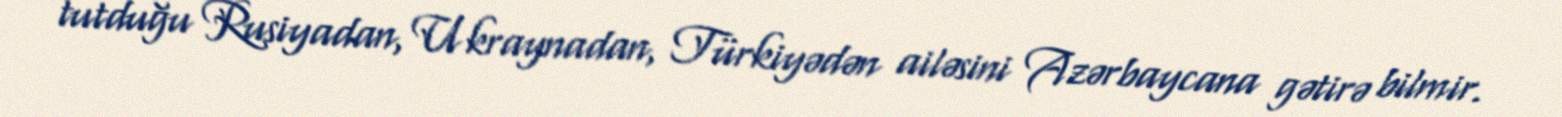
tutduğu Rusiyadan, Ukraynadan, Türkiyədən ailəsini Azərbaycana gətirə bilmir.